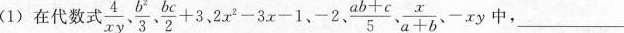
(1)在代数式 \frac{4}{xy}, \frac{b^{2}}{3}, \frac{bc}{2}+3、2x^{2}-3x-1、-2、 \frac{ab+c}{5}, \frac{x}{a+b}、-xy中，___